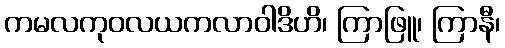
ကမလကုဝလယကလာဝါဒိဟိ၊ ကြာဖြူ၊ ကြာနီ၊